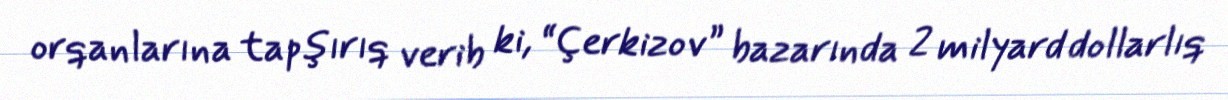
orqanlarına tapşırıq verib ki, “Çerkizov” bazarında 2 milyard dollarlıq